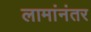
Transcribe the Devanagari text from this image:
लामांनंतर